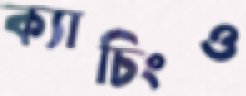
ক্যাচিংও